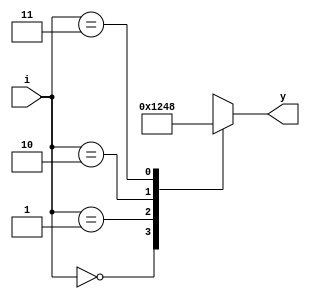
module decoder_24(i, y);
    input wire[1:0] i;
    output reg[3:0] y;

    always @* 
		begin
			casez(i)
				2'b00: y = 4'b0001;
				2'b01: y = 4'b0010;
				2'b10: y = 4'b0100;
				2'b11: y = 4'b1000;
			endcase
		end
endmodule